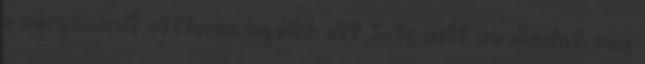
a mozgássérült otthonba, legalább ott tető alatt várakozhat, meg